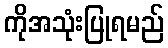
ကိုအသုံးပြုရမည်